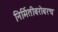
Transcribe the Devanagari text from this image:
निर्मितीबरोबरच